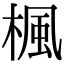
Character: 楓